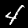
Digit: 4